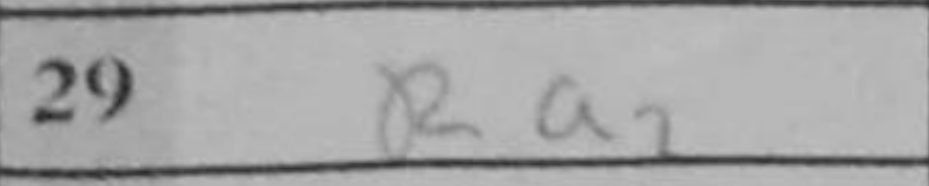
Transcription: Ra2